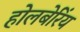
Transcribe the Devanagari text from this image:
होलबेरिंय